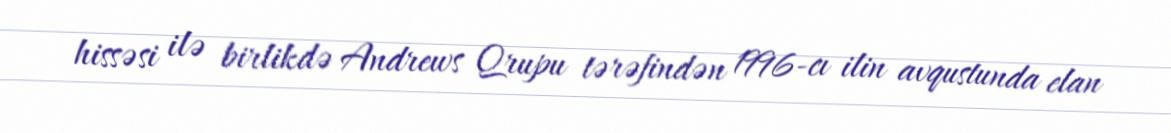
hissəsi ilə birlikdə Andrews Qrupu tərəfindən 1996-cı ilin avqustunda elan